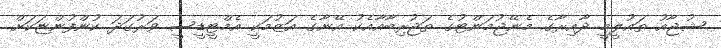
ޝުޖާއު ތައުލީމީ ދާއިރާގެ މެނޭޖުމަންޓުގެ ތަޖުރިބާއާއެކު އޭނާގެ އަޒުމަކީ އެމްޓީޑީސީ ވަރުގަދަ ކުންފުންޏަކަށް